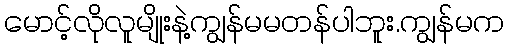
မောင့်လိုလူမျိုးနဲ့ကျွန်မမတန်ပါဘူး.ကျွန်မက